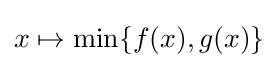
x\mapsto \min\{f(x),g(x)\}